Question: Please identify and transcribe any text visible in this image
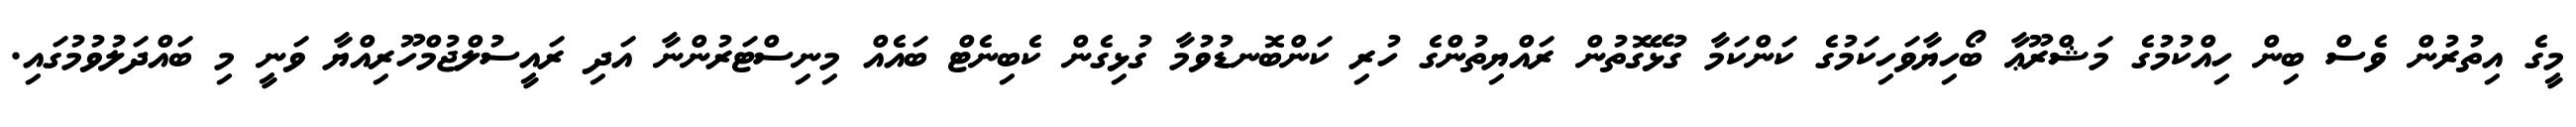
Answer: މީގެ އިތުރުން ވެސް ބިން ހިއްކުމުގެ މަޝްރޫޢާ ބޯހިޔާވަހިކަމުގެ ކަންކަމާ ގުޅޭގޮތުން ރައްޔިތުންގެ ހުރި ކަންބޮނޑުވުމާ ގުޅިގެން ކެބިނެޓް ބައެއް މިނިސްޓަރުންނާ އަދި ރައީސުލްޖުމްހޫރިއްޔާ ވަނީ މި ބައްދަލުވުމުގައި.